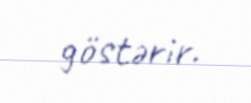
göstərir.